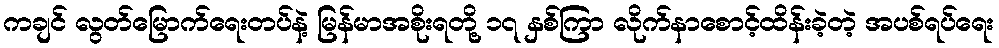
ကချင် လွတ်မြောက်ရေးတပ်နဲ့ မြန်မာအစိုးရတို့ ၁၇ နှစ်ကြာ လိုက်နာစောင့်ထိန်းခဲ့တဲ့ အပစ်ရပ်ရေး